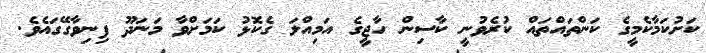
ކަށުކަމާކެމީގެ ކަންތައްތައް ކުރެވުނީ ކާސިން ހާޖީގެ އަމިއްލަ ގެކޮޅު ކަމަށްވާ މަނަދޫ ފިނިވާގޭގައެވެ.